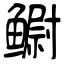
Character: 鳚